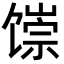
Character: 𬳐